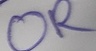
Text: OR